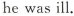
he was ill.